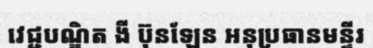
វេជ្ជបណ្ឌិត ងី ប៊ុនឡែន អនុប្រធានមន្ទីរ